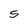
Character: S